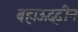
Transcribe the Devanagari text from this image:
बहाऊद्दीन